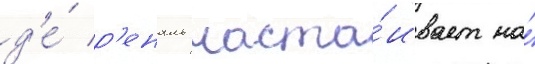
д'е́ р'еналь наста́ивает на́